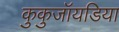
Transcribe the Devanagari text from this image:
कुकुजॉयडिया